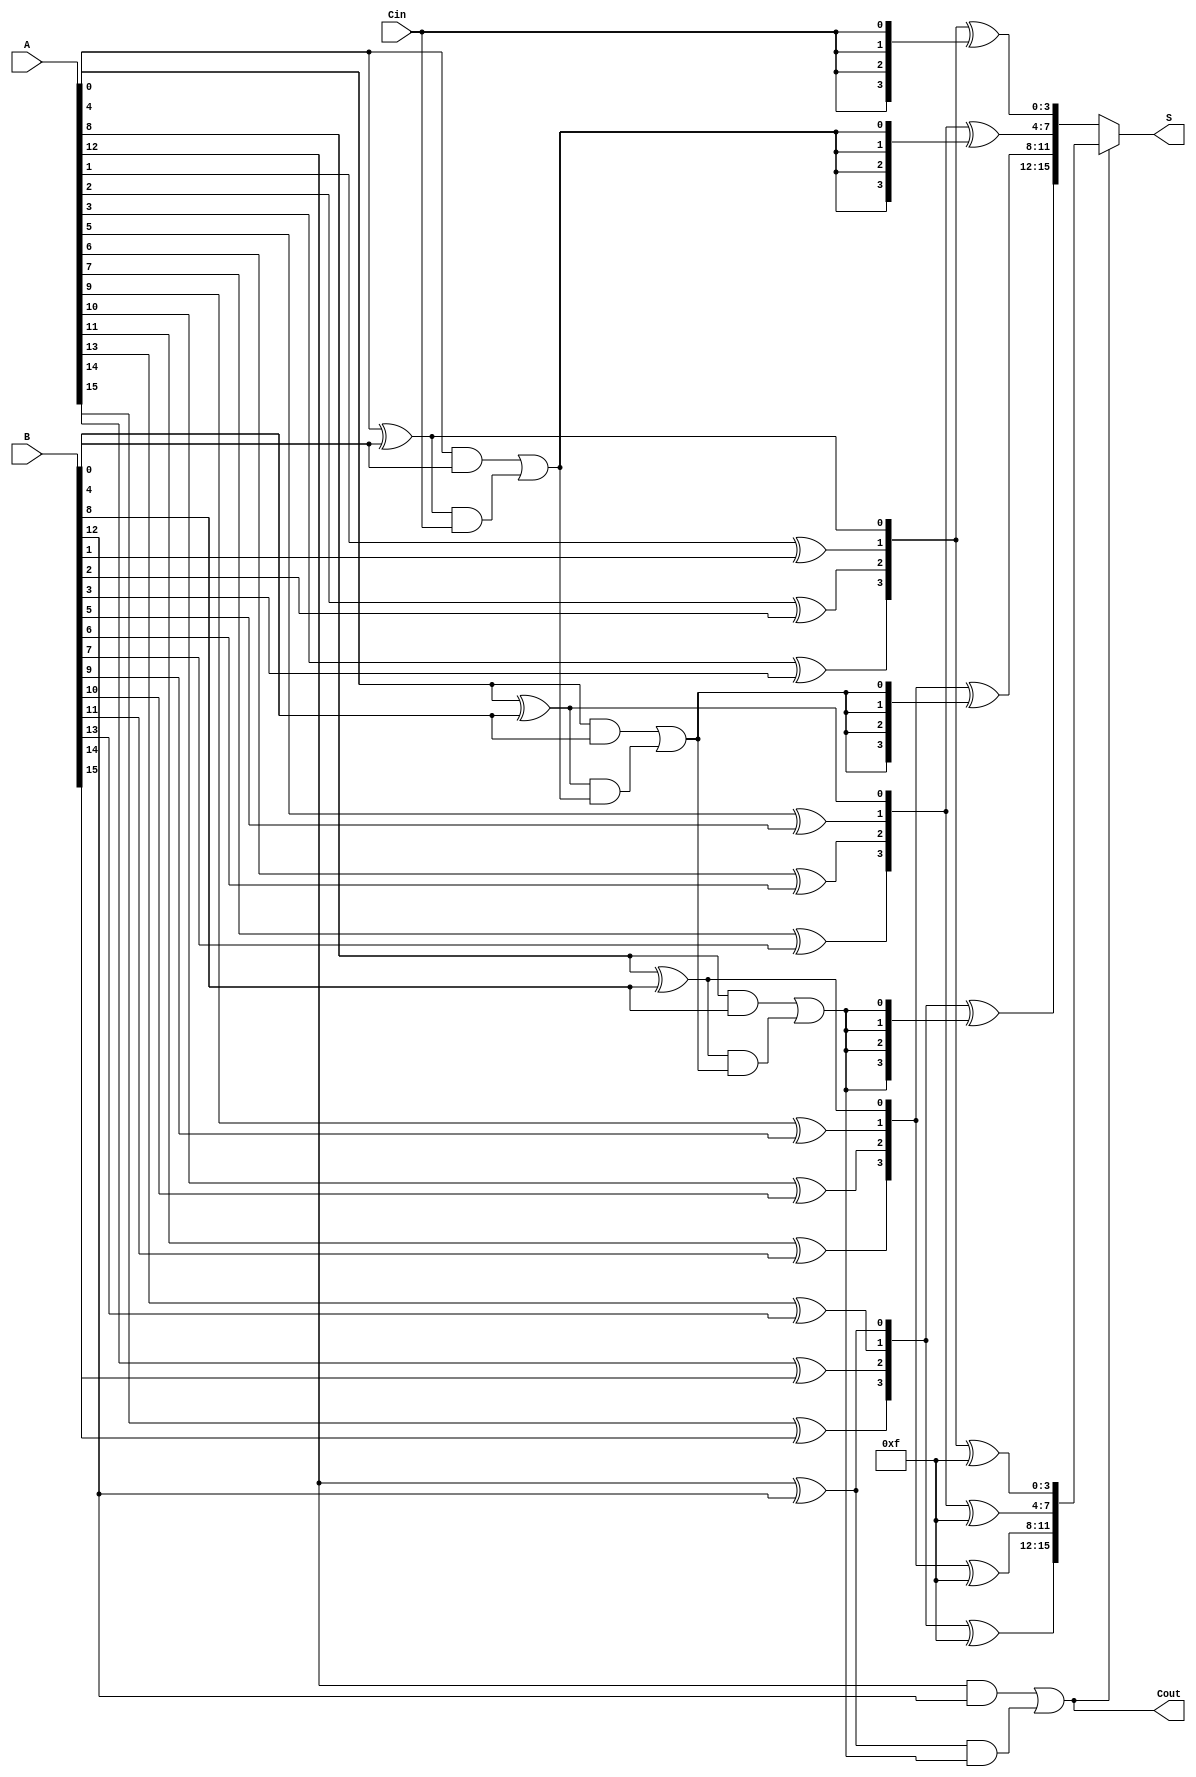
module ParallelPrefixCarrySelectAdder #(parameter N = 16, BLOCK_SIZE = 4) (
    input [N-1:0] A,
    input [N-1:0] B,
    input Cin,
    output [N-1:0] S,
    output Cout
);

    localparam NUM_BLOCKS = N / BLOCK_SIZE;

    // Generate and Propagate signals
    wire [NUM_BLOCKS-1:0] G [BLOCK_SIZE-1:0];
    wire [NUM_BLOCKS-1:0] P [BLOCK_SIZE-1:0];
    wire [NUM_BLOCKS:0] C; // Carry signals

    // Generate and Propagate calculations
    genvar i, j;
    generate
        for (i = 0; i < NUM_BLOCKS; i = i + 1) begin : gen_prop
            for (j = 0; j < BLOCK_SIZE; j = j + 1) begin : block
                assign G[i][j] = A[i*BLOCK_SIZE + j] & B[i*BLOCK_SIZE + j]; // Generate
                assign P[i][j] = A[i*BLOCK_SIZE + j] ^ B[i*BLOCK_SIZE + j]; // Propagate
            end
        end
    endgenerate

    // Carry computation using a prefix tree
    assign C[0] = Cin; // Initial carry-in
    generate
        for (i = 0; i < NUM_BLOCKS; i = i + 1) begin : carry_calc
            if (i == 0) begin
                assign C[i + 1] = G[i][0] | (P[i][0] & C[i]);
            end else begin
                assign C[i + 1] = G[i][0] | (P[i][0] & C[i]);
            end
        end
    endgenerate

    // Carry Select Logic
    wire [N-1:0] S0, S1; // Sums assuming carry-in is 0 and 1

    generate
        for (i = 0; i < NUM_BLOCKS; i = i + 1) begin : sum_calc
            if (i == 0) begin
                assign S0[i*BLOCK_SIZE +: BLOCK_SIZE] = P[i] ^ {BLOCK_SIZE{C[0]}};
                assign S1[i*BLOCK_SIZE +: BLOCK_SIZE] = P[i] ^ {BLOCK_SIZE{1'b1}};
            end else begin
                assign S0[i*BLOCK_SIZE +: BLOCK_SIZE] = P[i] ^ {BLOCK_SIZE{C[i]}};
                assign S1[i*BLOCK_SIZE +: BLOCK_SIZE] = P[i] ^ {BLOCK_SIZE{1'b1}};
            end
        end
    endgenerate

    // Final Sum and Cout
    assign S = (C[NUM_BLOCKS] ? S1 : S0);
    assign Cout = C[NUM_BLOCKS];

endmodule